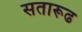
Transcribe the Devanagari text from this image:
सतारूढ